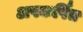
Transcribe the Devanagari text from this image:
अपकर्षित